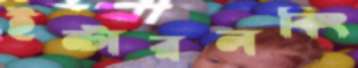
ইন্টারলকিং